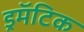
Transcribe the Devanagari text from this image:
ड्रमॅटिक